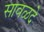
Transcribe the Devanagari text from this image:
सावळदे